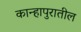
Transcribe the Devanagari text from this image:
कान्हापुरातील